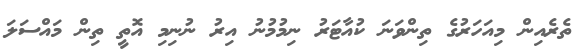
ތެރެއިން މިއަހަރުގެ ތިންވަނަ ކުއާޓަރު ނިމުމުނު އިރު ނުނިމި އޮތީ ތިން މައްސަލަ